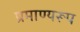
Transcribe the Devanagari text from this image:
प्रमाण्यरूप